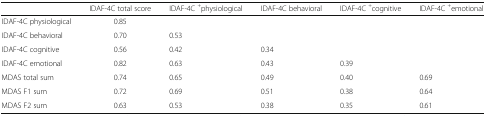
<table><thead><tr><td></td><td><b>IDAF-4C total score</b></td><td><b>IDAF-4C <sup>+</sup>physiological</b></td><td><b>IDAF-4C behavioral</b></td><td><b>IDAF-4C <sup>+</sup>cognitive</b></td><td><b>IDAF-4C <sup>+</sup>emotional</b></td></tr></thead><tbody><tr><td>IDAF-4C physiological</td><td>0.85</td><td></td><td></td><td></td><td></td></tr><tr><td>IDAF-4C behavioral</td><td>0.70</td><td>0.53</td><td></td><td></td><td></td></tr><tr><td>IDAF-4C cognitive</td><td>0.56</td><td>0.42</td><td>0.34</td><td></td><td></td></tr><tr><td>IDAF-4C emotional</td><td>0.82</td><td>0.63</td><td>0.43</td><td>0.39</td><td></td></tr><tr><td>MDAS total sum</td><td>0.74</td><td>0.65</td><td>0.49</td><td>0.40</td><td>0.69</td></tr><tr><td>MDAS F1 sum</td><td>0.72</td><td>0.69</td><td>0.51</td><td>0.38</td><td>0.64</td></tr><tr><td>MDAS F2 sum</td><td>0.63</td><td>0.53</td><td>0.38</td><td>0.35</td><td>0.61</td></tr></tbody></table>